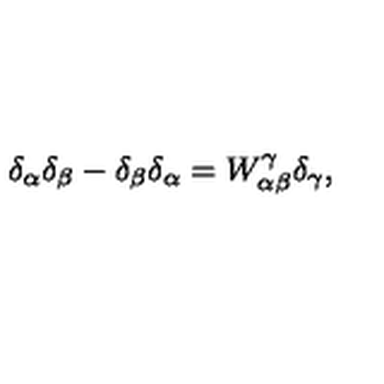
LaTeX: \delta _ { \alpha } \delta _ { \beta } - \delta _ { \beta } \delta _ { \alpha } = W _ { \alpha \beta } ^ { \gamma } \delta _ { \gamma } ,